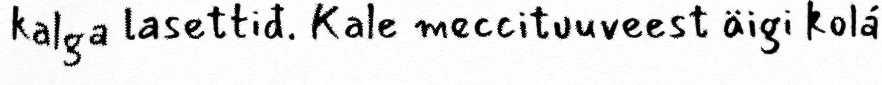
kalga lasettiđ. Kale meccituuveest äigi kolá